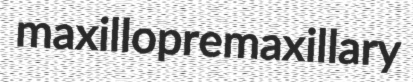
maxillopremaxillary